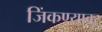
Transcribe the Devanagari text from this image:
जिंकण्यावर